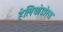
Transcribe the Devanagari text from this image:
हेलियोडोरस